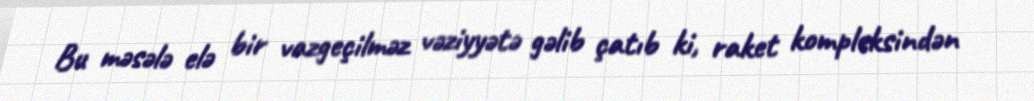
Bu məsələ elə bir vazgeçilməz vəziyyətə gəlib çatıb ki, raket kompleksindən